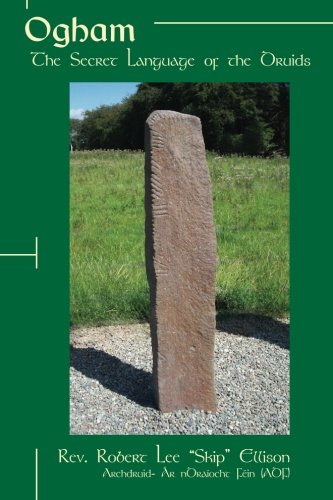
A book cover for Ogham: The Secret Language of the Druids; Rev. Robert Lee "Skip" Ellison; Religion & Spirituality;